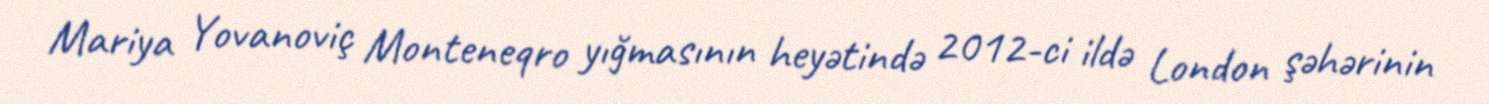
Mariya Yovanoviç Monteneqro yığmasının heyətində 2012-ci ildə London şəhərinin